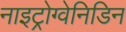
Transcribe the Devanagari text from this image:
नाइट्रोग्वेनिडिन